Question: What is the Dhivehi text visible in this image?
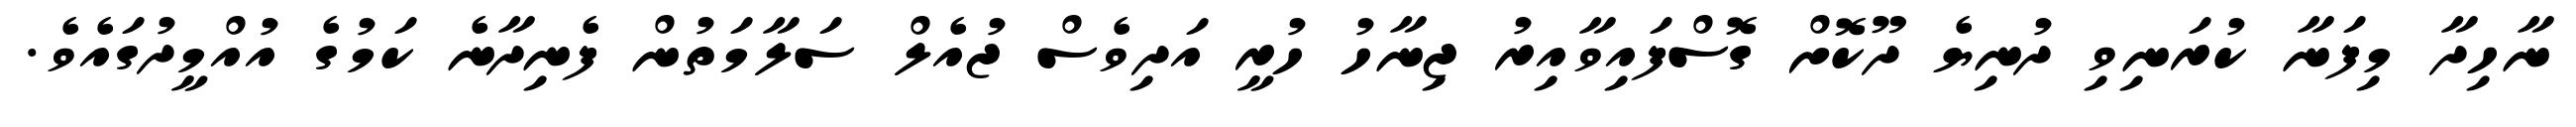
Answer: ނާހިދާ މިފަނާ ކުރަނިވި ދުނިޔެ ދޫކޮށް ގޮސްފައިވާއިރު ޖިނާހު ހުރީ އަދިވެސް ޖުއެލް ސަލާމަތުން ފެނިދާނެ ކަމުގެ އުއްމީދުގައެވެ.